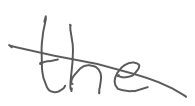
Text: the
Cross-out: diagonal
Writing tool: digital_gray